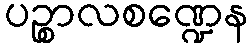
ပဉ္စာလစဏ္ဍေန